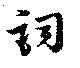
詞